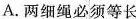
A.两细绳必须等长